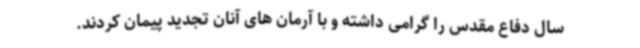
سال دفاع مقدس را گرامی داشته و با آرمان های آنان تجدید پیمان کردند.